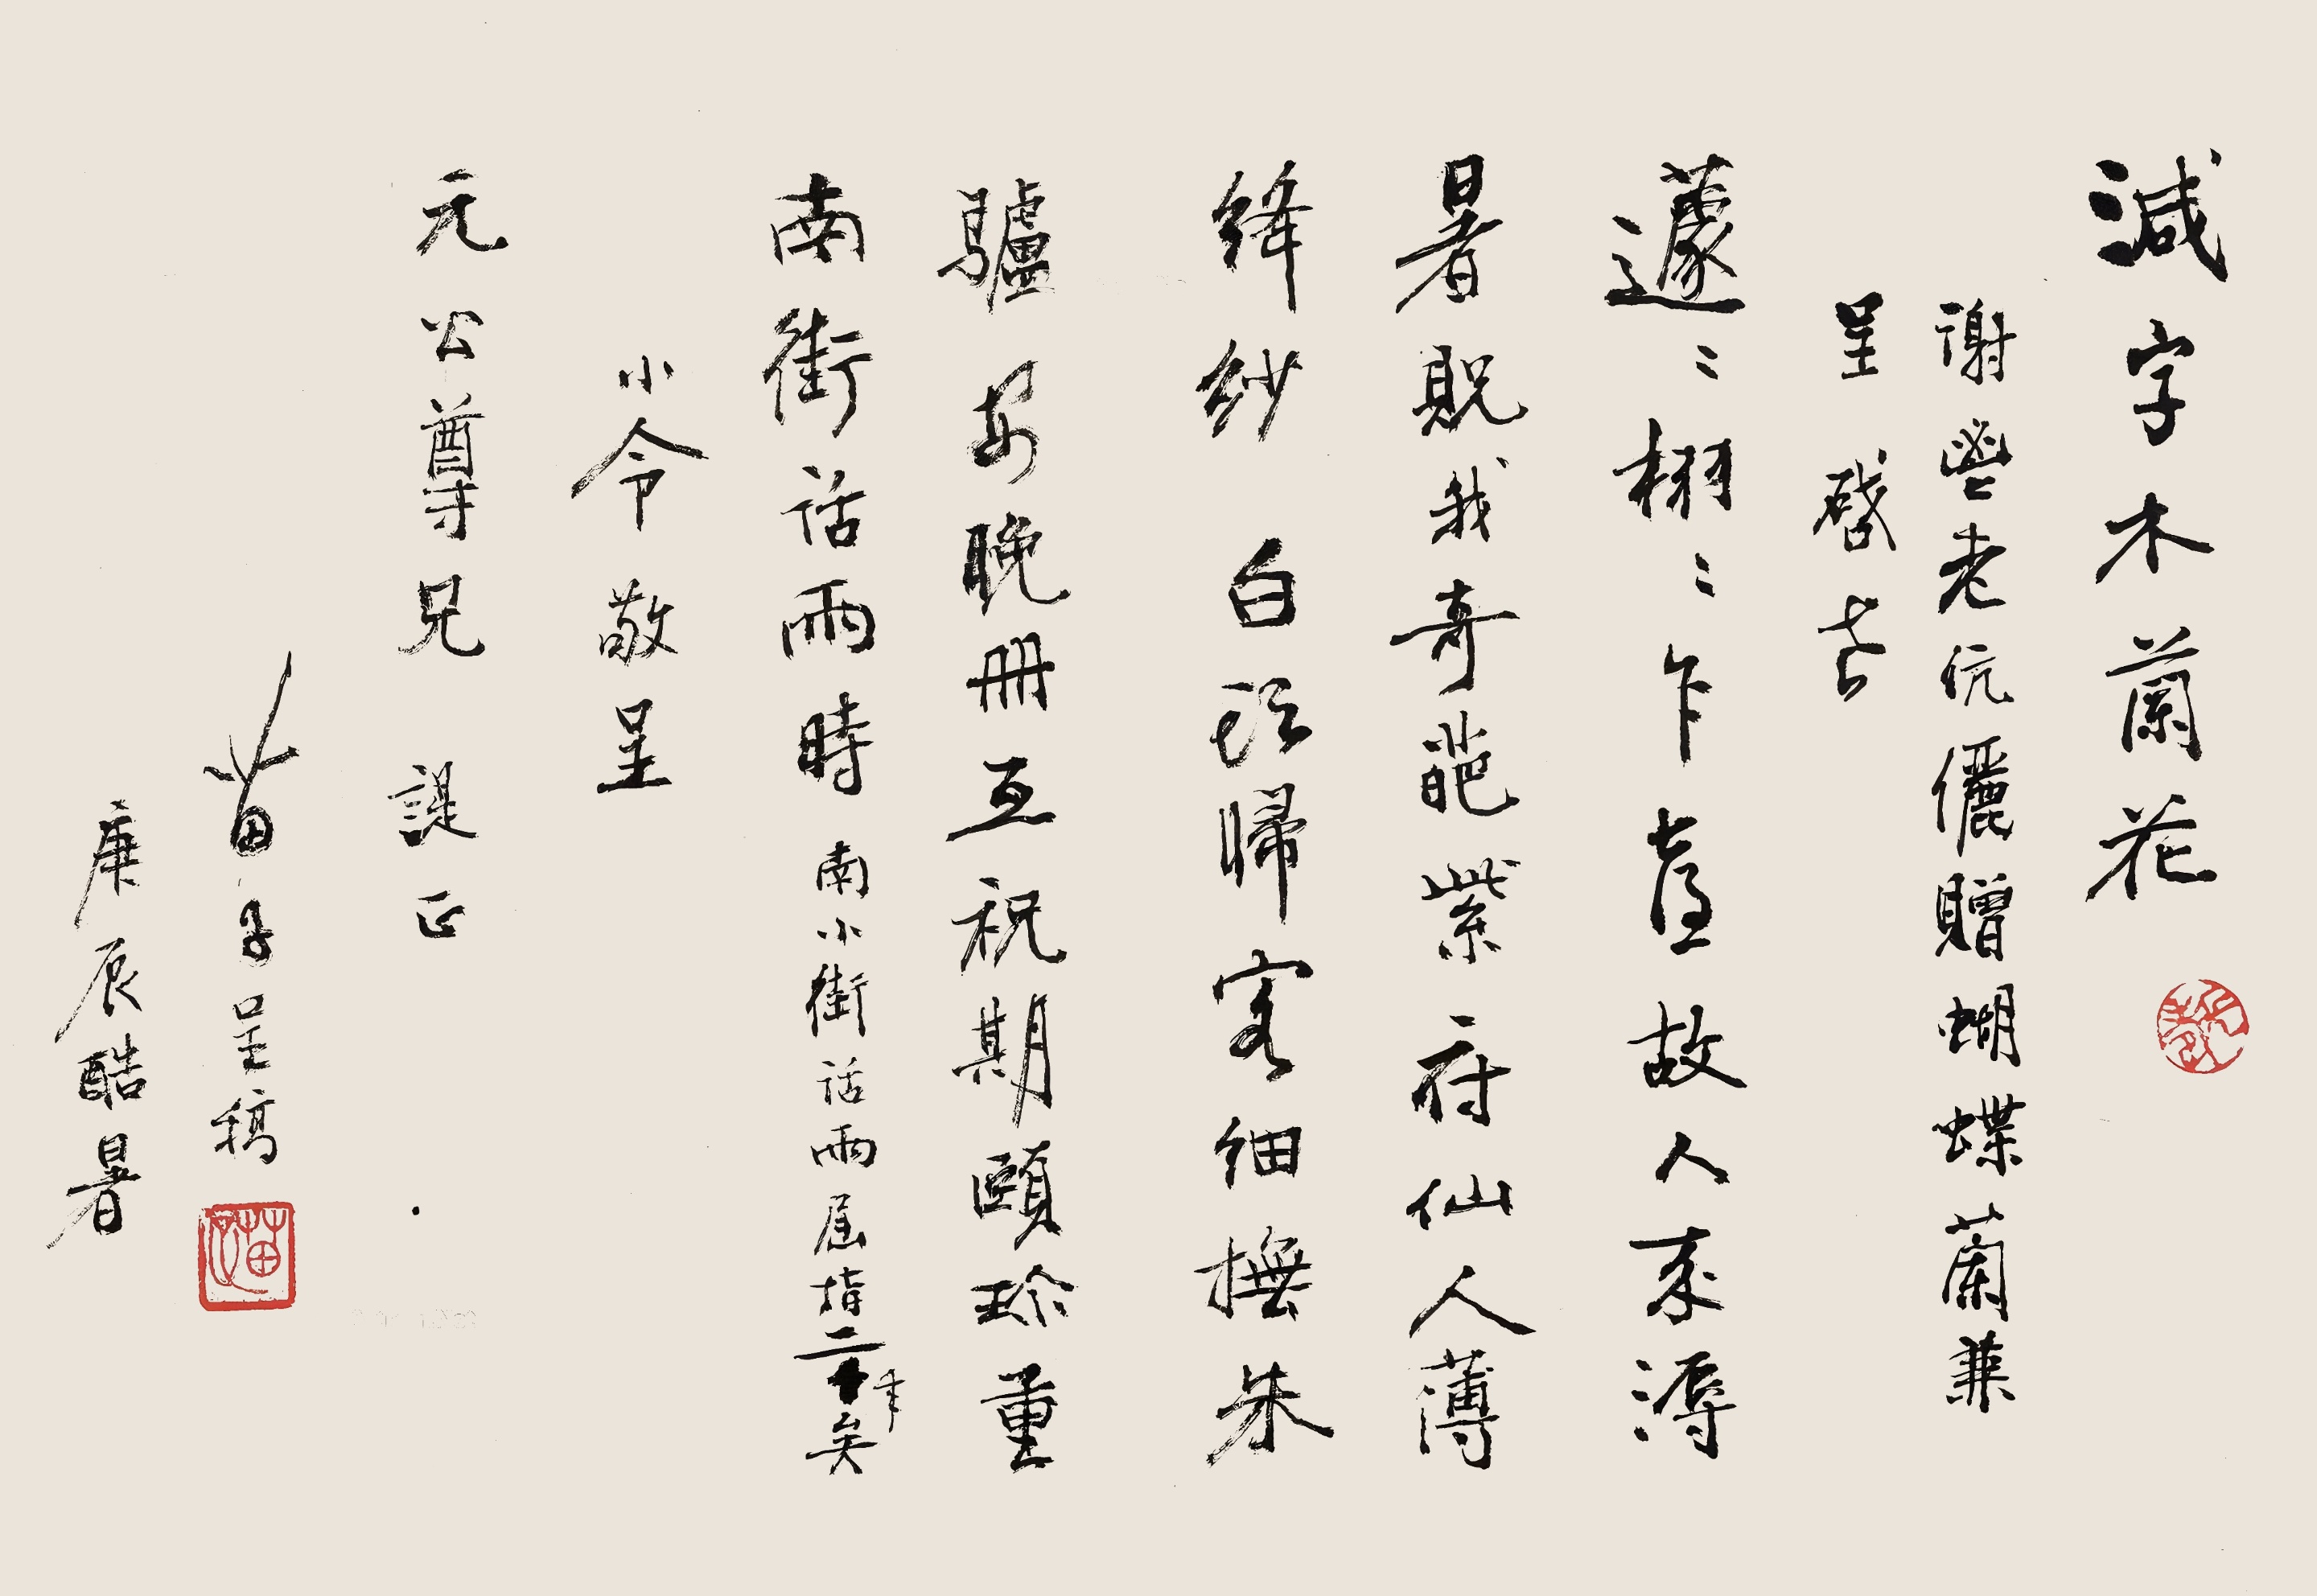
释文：减字木兰花。谢鬯老伉俪赠蝴蝶兰兼呈启老。蘧蘧栩栩，乍教故人来浔暑，贶我奇葩，紫府仙人薄绛纱。白头归客，细抚朱驴安晚册，互祝期颐，珍重南街话雨时。南小街话雨屈指二十年矣，小令敬呈，元公尊兄𬤊正，苗子呈稿，庚辰酷暑。